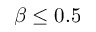
\beta \leq 0 . 5